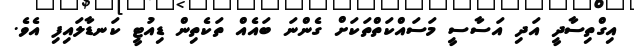
އިގްތިސާދީ އަދި އަސާސީ މަސައްކަތްތަކަށް ގެންނަ ބައެއް ތަކެތިން ޑިއުޓީ ކަނޑާލައިފި އެވެ.